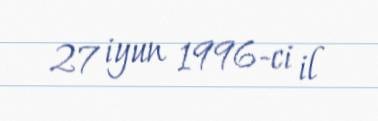
27 iyun 1996-ci il